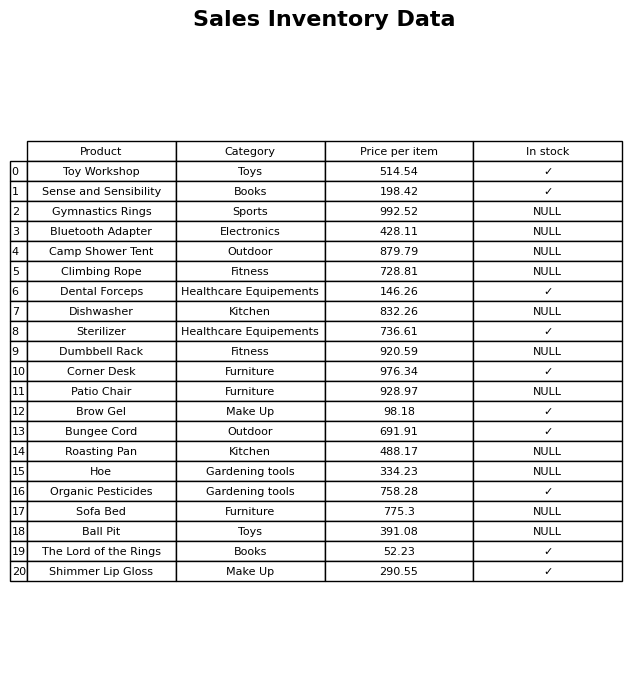
question: What is the stock status of the Sterilizer?
answer: ✓